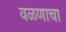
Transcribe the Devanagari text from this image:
वळणाचा